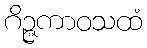
ဂိဉ္ဇကာဝသထံ